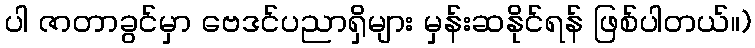
ပါ ဇာတာခွင်မှာ ဗေဒင်ပညာရှိများ မှန်းဆနိုင်ရန် ဖြစ်ပါတယ်။)